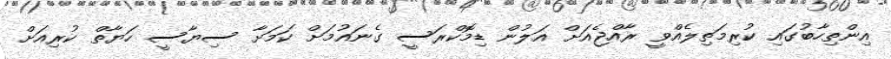
އިންތިހާބުގައި ކުރިމަތިލެއްވީ ރާއްޖެއަށް އަލުން ޑިމޮކްރަސީ ގެނައުމަށް ކަމަށާ ސިޔާސީ ހަޔާތް ކުރިއަށް